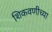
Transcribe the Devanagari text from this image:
शिकवणीच्या